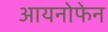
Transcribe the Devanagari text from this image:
आयनोफेन